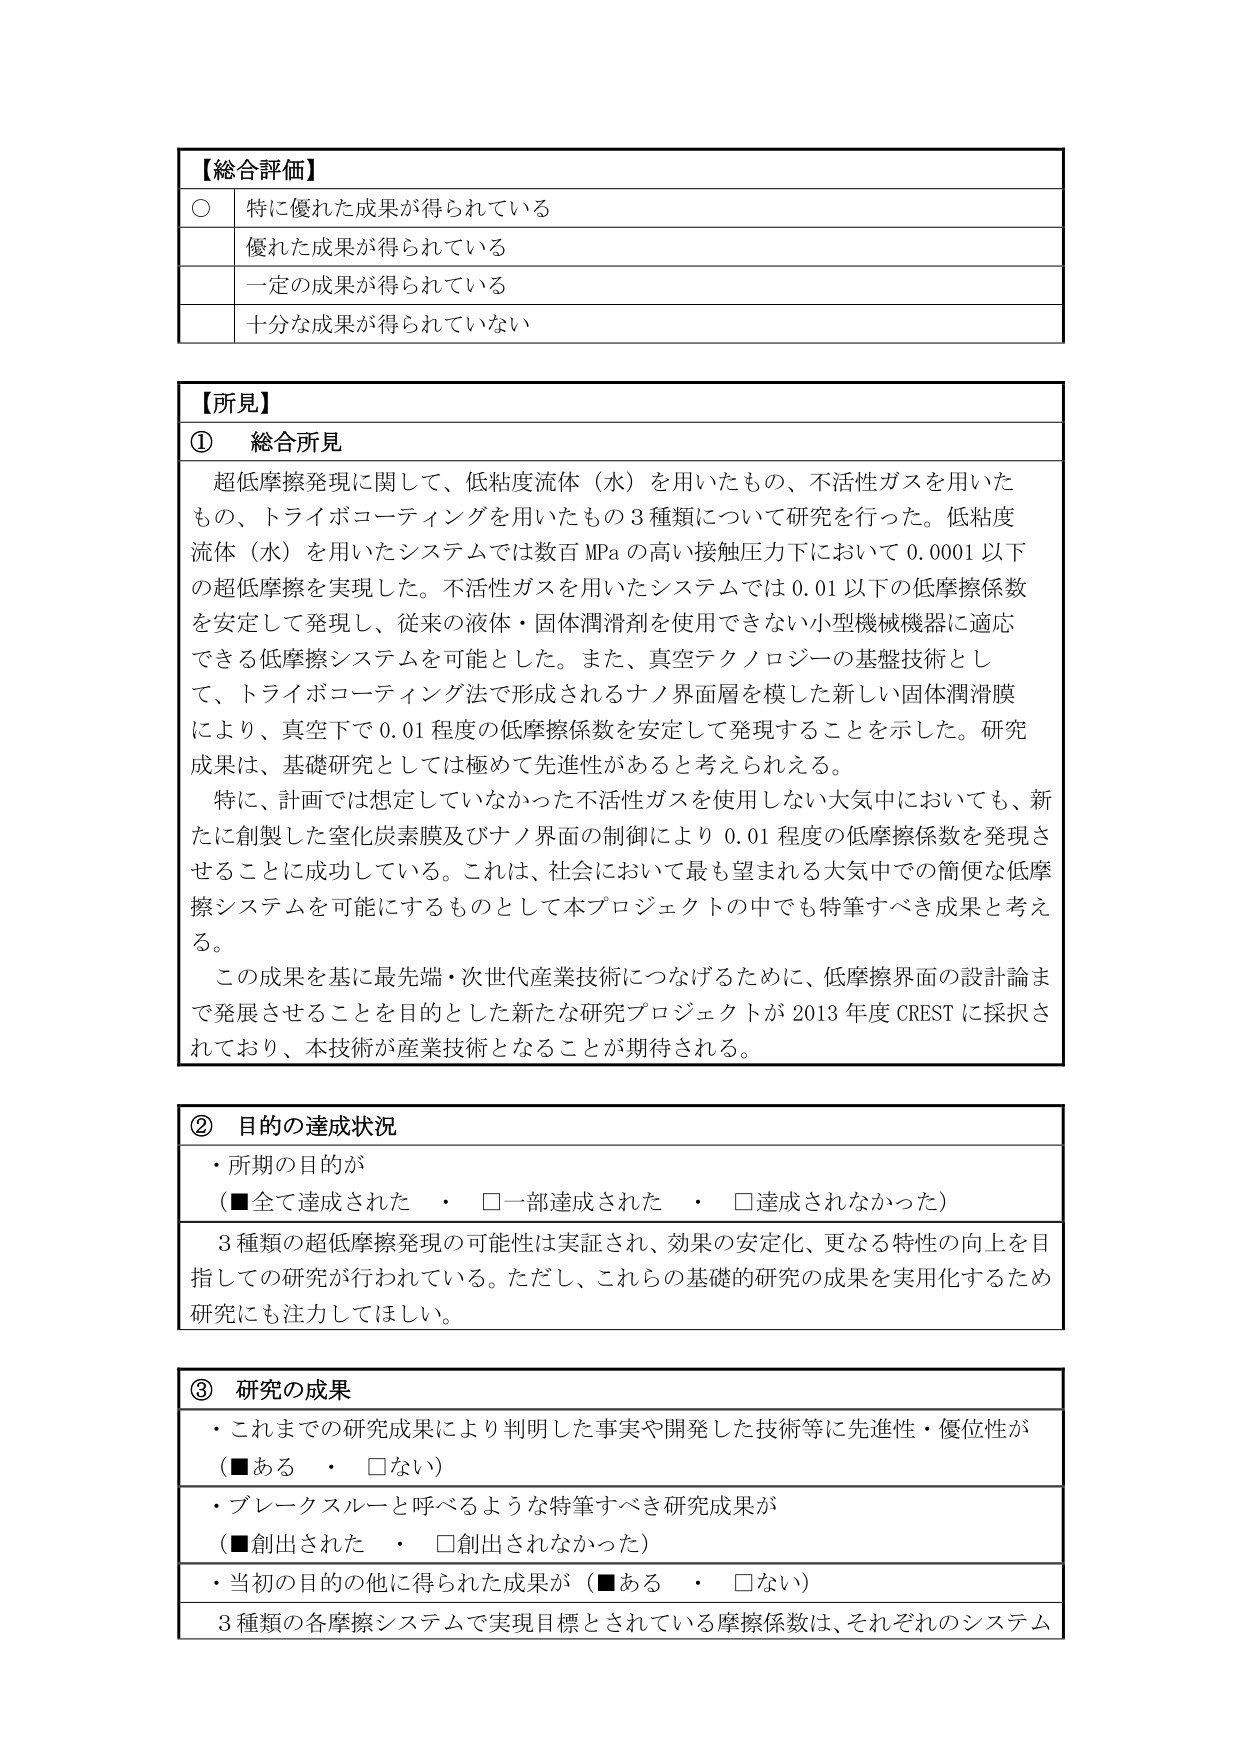
【総合評価】
○ 特に優れた成果が得られている
　　優れた成果が得られている
　　一定の成果が得られている
　　十分な成果が得られていない

【所見】
① 総合所見
　　超低摩擦発現に関して、低粘度流体（水）を用いたもの、不活性ガスを用いたもの、トライボコーティングを用いたもの3種類について研究を行った。低粘度流体（水）を用いたシステムでは数百MPaの高い接触圧力下において0.0001以下の超低摩擦を実現した。不活性ガスを用いたシステムでは0.01以下の低摩擦係数を安定して発現し、従来の液体・固体潤滑剤を使用できない小型機械機器に適応できる低摩擦システムを可能とした。また、真空テクノロジーの基盤技術として、トライボコーティング法で形成されるナノ界面層を模した新しい固体潤滑膜により、真空下で0.01程度の低摩擦係数を安定して発現することを示した。研究成果は、基礎研究としては極めて先進性があると考えられる。
　　特に、計画では想定していなかった不活性ガスを使用しない大気中においても、新たに創製した窒化炭素膜及びナノ界面の制御により0.01程度の低摩擦係数を発現させることに成功している。これは、社会において最も望まれる大気中での簡便な低摩擦システムを可能にするものとして本プロジェクトの中でも特筆すべき成果と考える。
　　この成果を基に最先端・次世代産業技術につなげるために、低摩擦界面の設計論まで発展させることを目的とした新たな研究プロジェクトが2013年度CRESTに採択されており、本技術が産業技術となることが期待される。

② 目的の達成状況
　　・所期の目的が
　　　（■全て達成された　・　□一部達成された　・　□達成されなかった）
　　3種類の超低摩擦発現の可能性は実証され、効果の安定化、更なる特性の向上を目指しての研究が行われている。ただし、これらの基礎的研究の成果を実用化するため研究にも注力してほしい。

③ 研究の成果
　　・これまでの研究成果により判明した事実や開発した技術等に先進性・優位性が
　　　（■ある　・　□ない）
　　・ブレークスルーと呼べるような特筆すべき研究成果が
　　　（■創出された　・　□創出されなかった）
　　・当初の目的の他に得られた成果が（■ある　・　□ない）
　　3種類の各摩擦システムで実現目標とされている摩擦係数は、それぞれのシステム